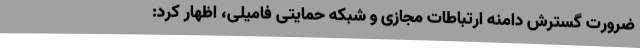
ضرورت گسترش دامنه ارتباطات مجازی و شبکه حمایتی فامیلی، اظهار کرد: